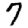
Digit: 7